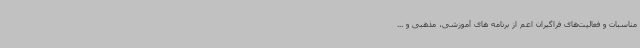
مناسبات و فعالیت‌های فراگیران اعم از برنامه های آموزشی، مذهبی و ...